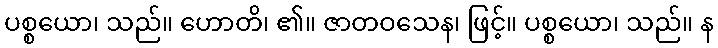
ပစ္စယော၊ သည်။ ဟောတိ၊ ၏။ ဇာတဝသေန၊ ဖြင့်။ ပစ္စယော၊ သည်။ န